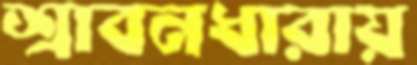
শ্রাবনধারায়